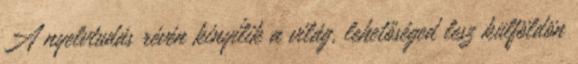
A nyelvtudás révén kinyílik a világ, lehetőséged lesz külföldön